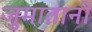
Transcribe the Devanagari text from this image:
जुमातानो